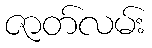
ဇာတ်လမ်း